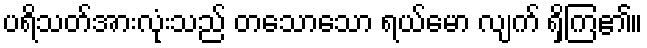
ပရိသတ်အားလုံးသည် တသောသော ရယ်မော လျက် ရှိကြ၏။